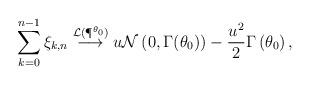
LaTeX: \begin{align*}\sum_{k=0}^{n-1}\xi_{k,n}\overset{\mathcal{L}(\P^{\theta_0})}{\longrightarrow}u\mathcal{N}\left(0,\Gamma(\theta_0)\right)-\dfrac{u^2}{2}\Gamma\left(\theta_0\right),\end{align*}